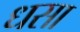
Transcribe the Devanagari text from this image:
धसा